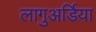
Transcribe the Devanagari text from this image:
लागुअर्डिया